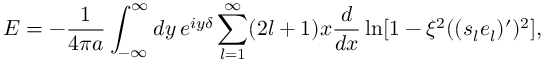
E = - { \frac { 1 } { 4 \pi a } } \int _ { - \infty } ^ { \infty } d y \, e ^ { i y \delta } \sum _ { l = 1 } ^ { \infty } ( 2 l + 1 ) x { \frac { d } { d x } } \ln [ 1 - \xi ^ { 2 } ( ( s _ { l } e _ { l } ) ^ { \prime } ) ^ { 2 } ] ,